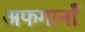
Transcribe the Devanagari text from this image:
अफगानाँं